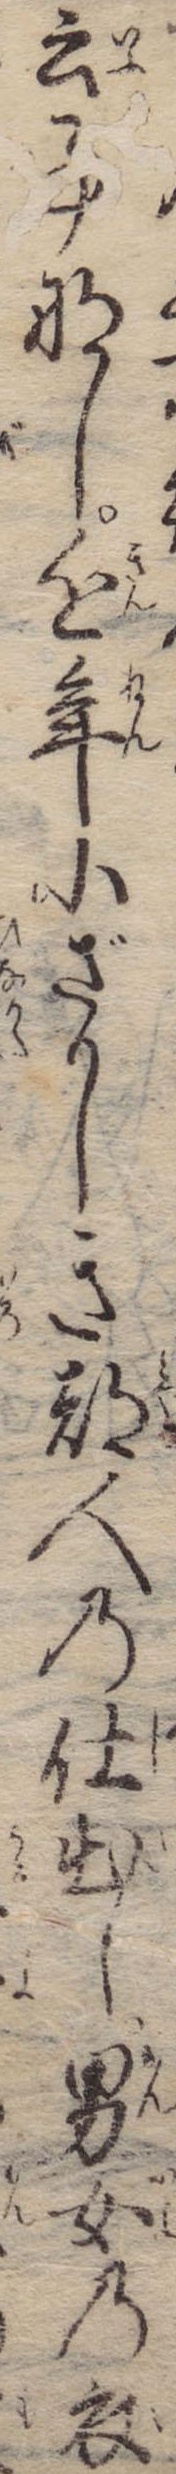
云事なし近年小ざかしき都人の仕出し男女の衣